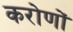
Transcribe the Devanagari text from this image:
करोणों